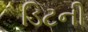
ડિટની